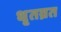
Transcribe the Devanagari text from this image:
धृतव्रत